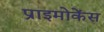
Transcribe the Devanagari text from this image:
प्राइमोकेंस